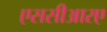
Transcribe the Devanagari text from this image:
एससीआरए